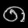
Digit: ၈